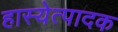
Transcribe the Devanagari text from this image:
हास्येत्पादक